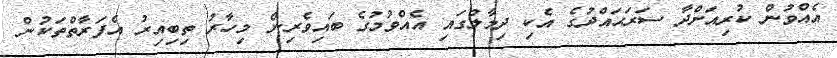
އެއްވުން ކުރިއަށްދާ ސަރަޙައްދުގެ އެކި ދިމާލުގައި އެއްވުމުގެ ބައިވެރިން މިހާރު ތިބިއިރު އެފަރާތްތަކުން